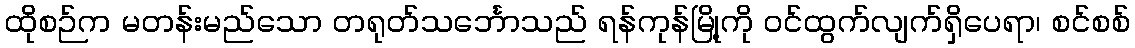
ထိုစဉ်က မတန်းမည်သော တရုတ်သင်္ဘောသည် ရန်ကုန်မြို့ကို ဝင်ထွက်လျက်ရှိပေရာ၊ စင်စစ်